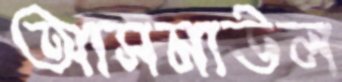
আসমাউল